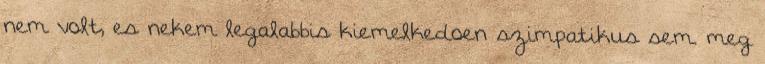
nem volt, es nekem legalabbis kiemelkedoen szimpatikus sem. meg